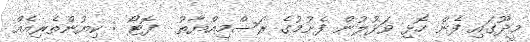
މީދޫގައި ފެން ހޮޅި ވަޅުލުން ފެށުމުގެ ރަސްމިއްޔާތު  ފޮޓޯ : ކިޔުންތެރިއެއް